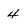
Character: 4